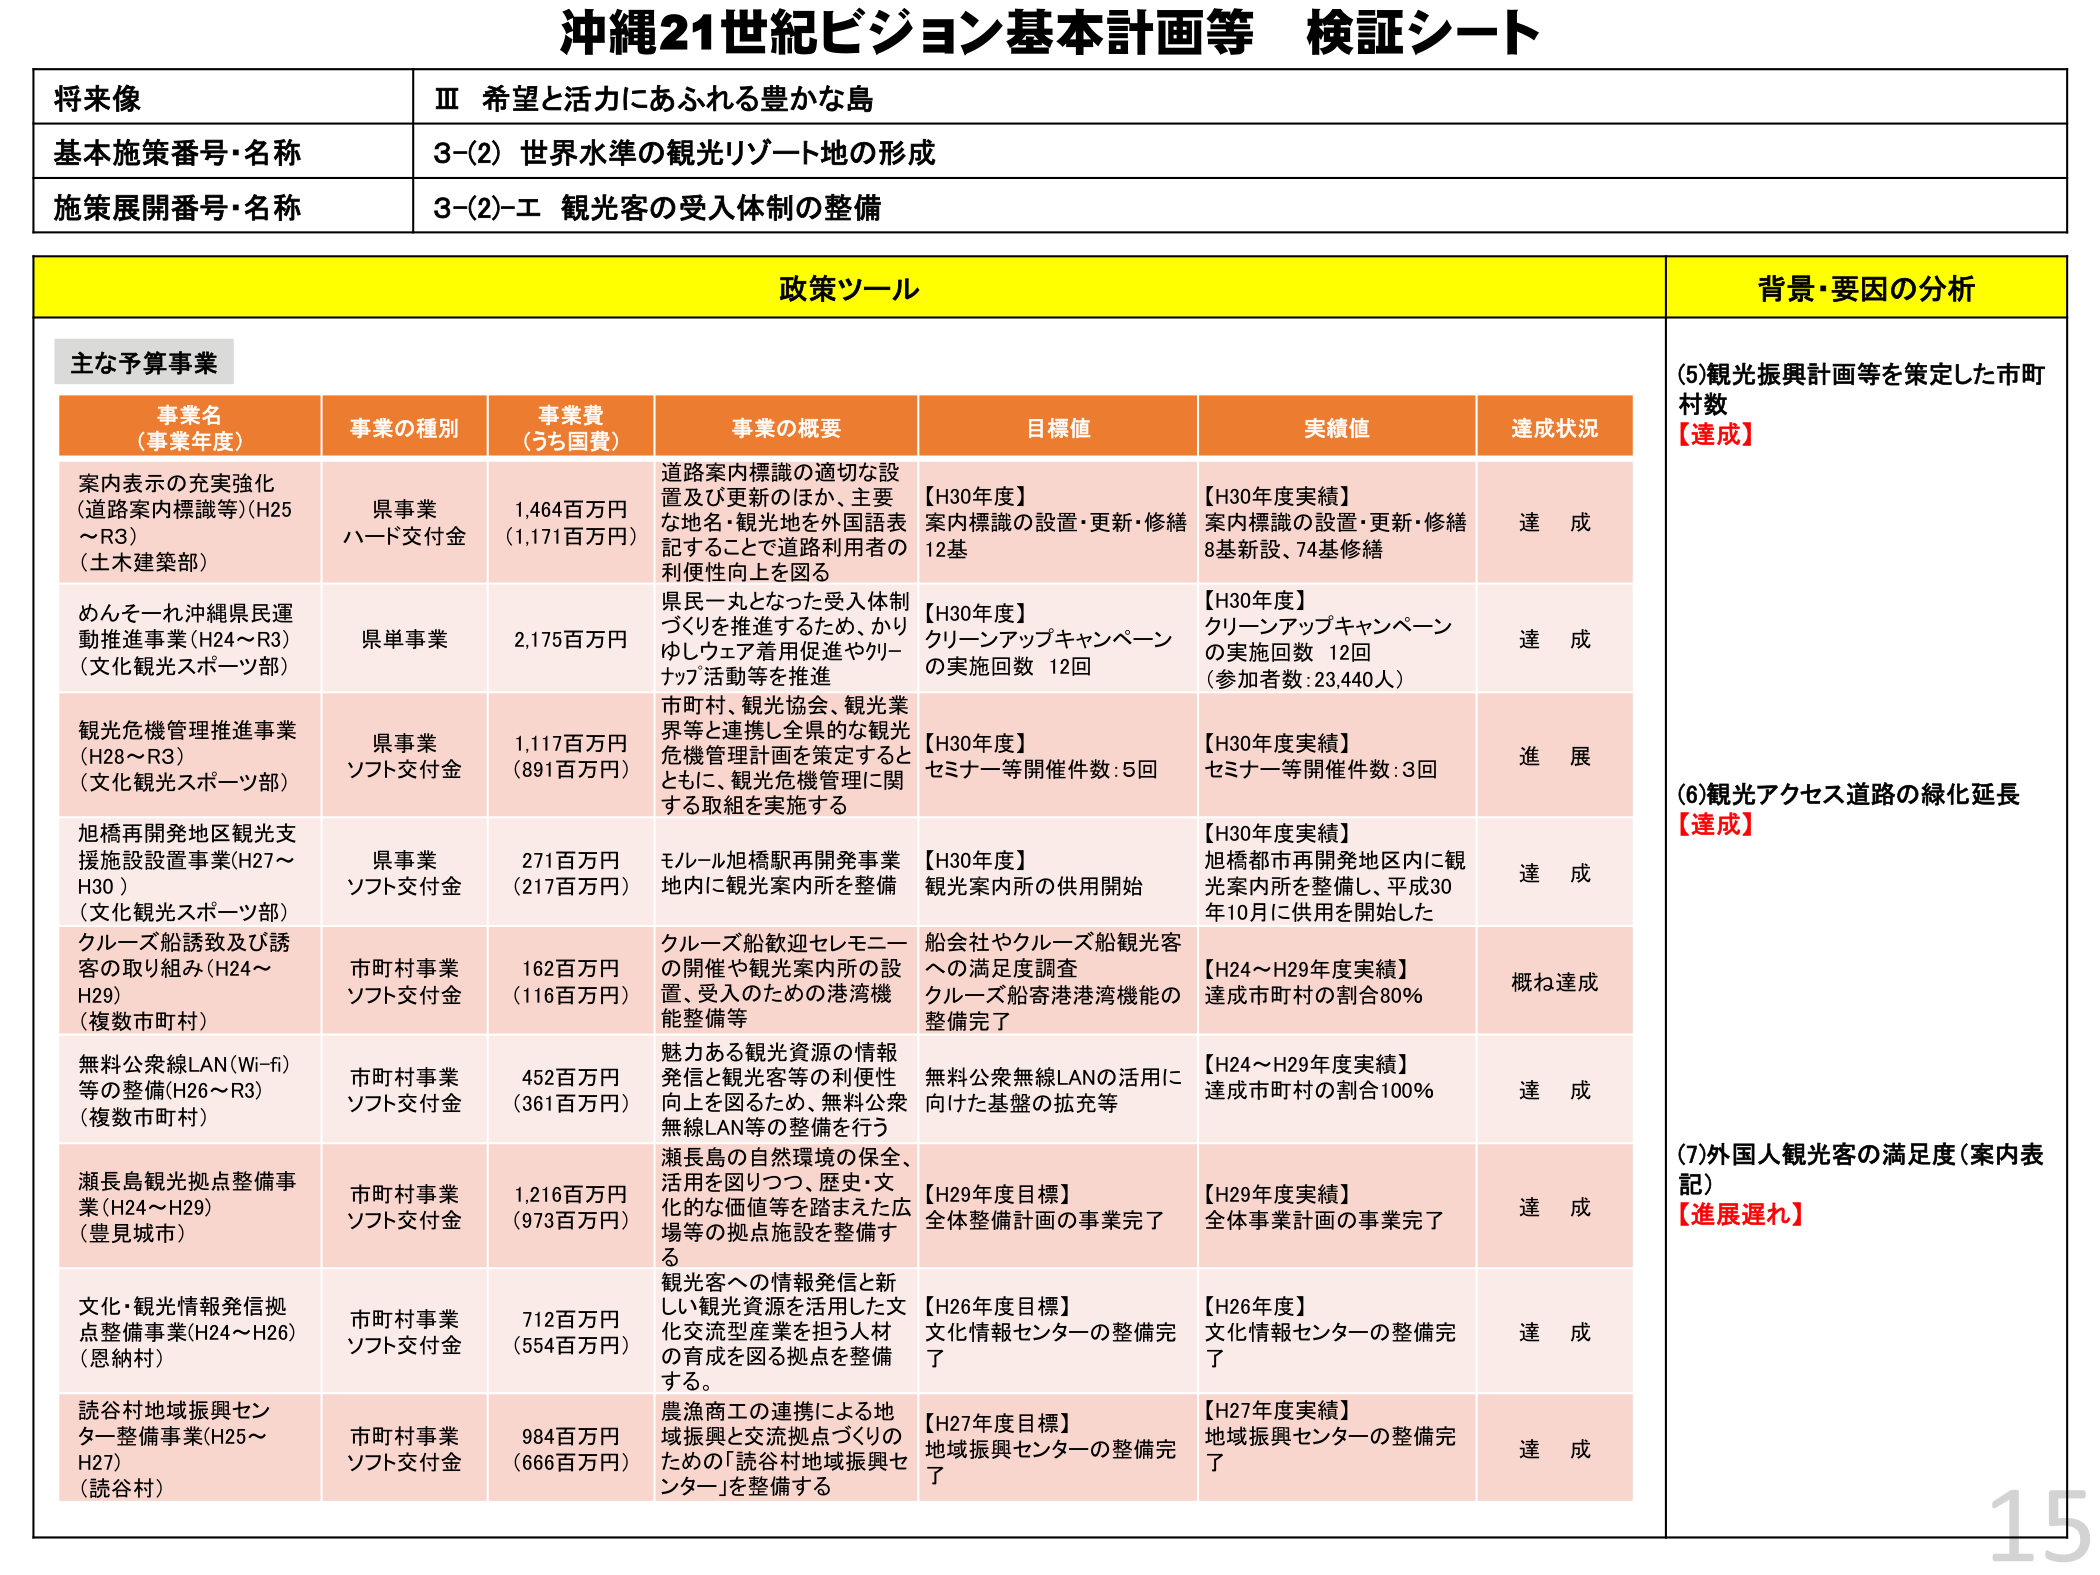
沖縄21世紀ビジョン基本計画等 検証シート

将来像
Ⅲ 希望と活力にあふれる豊かな島

基本施策番号・名称
3-(2) 世界水準の観光リゾート地の形成

施策展開番号・名称
3-(2)-エ 観光客の受入体制の整備

政策ツール
背景・要因の分析

主な予算事業

事業名（事業年度）
事業の種別
事業費（うち国費）
事業の概要
目標値
実績値
達成状況

案内表示の充実強化（道路案内標識等）(H25～R3)（土木建築部）
県事業 ハード交付金
1,464百万円（1,171百万円）
道路案内標識の適切な設置及び更新のほか、主要な地名・観光地を外国語表記することで道路利用者の利便性向上を図る
【H30年度】案内標識の設置・更新・修繕 12基
【H30年度実績】案内標識の設置・更新・修繕 8基新設、74基修繕
達成

めんそーれ沖縄県民運動推進事業(H24～R3)（文化観光スポーツ部）
県単事業
2,175百万円
県民一丸となった受入体制づくりを推進するため、かりゆしウェア着用促進やクリーナップ活動等を推進
【H30年度】クリーンアップキャンペーンの実施回数 12回
【H30年度】クリーンアップキャンペーンの実施回数 12回（参加者数：23,440人）
達成

観光危機管理推進事業(H28～R3)（文化観光スポーツ部）
県事業 ソフト交付金
1,117百万円（891百万円）
市町村、観光協会、観光業界等と連携し全県的な観光危機管理計画を策定するとともに、観光危機管理に関する取組を実施する
【H30年度】セミナー等開催件数：5回
【H30年度実績】セミナー等開催件数：3回
進展

旭橋再開発地区観光支援施設設置事業(H27～H30)（文化観光スポーツ部）
県事業 ソフト交付金
271百万円（217百万円）
モルール旭橋駅再開発事業地内に観光案内所を整備
【H30年度】観光案内所の供用開始
【H30年度実績】旭橋都市再開発地区内に観光案内所を整備し、平成30年10月に供用を開始した
達成

クルーズ船誘致及び誘客の取り組み(H24～H29)（複数市町村）
市町村事業 ソフト交付金
162百万円（116百万円）
クルーズ船歓迎セレモニーの開催や観光案内所の設置、受入のための港湾機能整備等
船会社やクルーズ船観光客への満足度調査 クルーズ船寄港港湾機能の整備完了
【H24～H29年度実績】達成市町村の割合80%
概ね達成

無料公衆線LAN(Wi-fi)等の整備(H26～R3)（複数市町村）
市町村事業 ソフト交付金
452百万円（361百万円）
魅力ある観光資源の情報発信と観光客等の利便性向上を図るため、無料公衆無線LAN等の整備を行う
無料公衆無線LANの活用に向けた基盤の拡充等
【H24～H29年度実績】達成市町村の割合100%
達成

瀬長島観光拠点整備事業(H24～H29)（豊見城市）
市町村事業 ソフト交付金
1,216百万円（973百万円）
瀬長島の自然環境の保全、活用を図りつつ、歴史・文化的な価値等を踏まえた広場等の拠点施設を整備する
【H29年度目標】全体整備計画の事業完了
【H29年度実績】全体事業計画の事業完了
達成

文化・観光情報発信拠点整備事業(H24～H26)（恩納村）
市町村事業 ソフト交付金
712百万円（554百万円）
観光客への情報発信と新しい観光資源を活用した文化交流型産業を担う人材の育成を図る拠点を整備する。
【H26年度目標】文化情報センターの整備完了
【H26年度】文化情報センターの整備完了
達成

読谷村地域振興センター整備事業(H25～H27)（読谷村）
市町村事業 ソフト交付金
984百万円（666百万円）
農漁商工の連携による地域振興と交流拠点づくりのための「読谷村地域振興センター」を整備する
【H27年度目標】地域振興センターの整備完了
【H27年度実績】地域振興センターの整備完了
達成

(5)観光振興計画等を策定した市町村数
【達成】

(6)観光アクセス道路の緑化延長
【達成】

(7)外国人観光客の満足度（案内表記）
【進展遅れ】

15